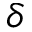
\delta